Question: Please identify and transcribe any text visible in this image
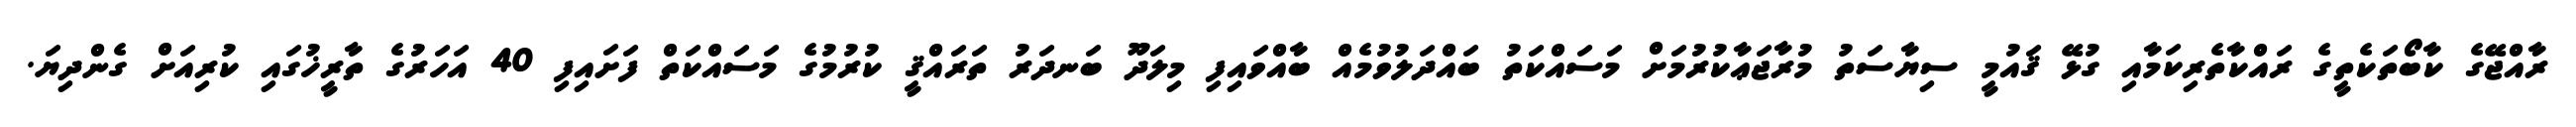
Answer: ރާއްޖޭގެ ކާބޯތަކެތީގެ ރައްކާތެރިކަމާއި ގުޅޭ ޤައުމީ ސިޔާސަތު މުރާޖަޢާކުރުމަށް މަސައްކަތު ބައްދަލުވުމެއް ބާއްވައިފި މިލަދޫ ބަނދަރު ތަރައްޤީ ކުރުމުގެ މަސައްކަތް ފަށައިފި 40 އަހަރުގެ ތާރީޚުގައި ކުރިއަށް ގެންދިޔަ.